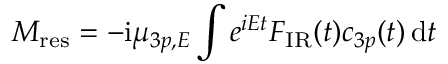
M _ { \mathrm { { r e s } } } = - \mathrm i \mu _ { 3 p , E } \int e ^ { i E t } F _ { \mathrm { { I R } } } ( t ) c _ { 3 p } ( t ) \, \mathrm d t